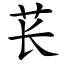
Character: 苌